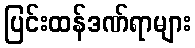
ပြင်းထန်ဒဏ်ရာများ